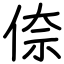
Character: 倷